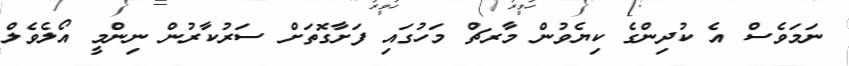
ނަމަވެސް އެ ކުދިންގެ ކިޔެވުން މާރޗް މަހުގައި ފަށާގޮތަށް ސަރުކާރުން ނިންމީ އޯލެވެލް